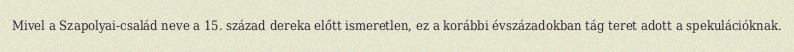
Mivel a Szapolyai-család neve a 15. század dereka előtt ismeretlen, ez a korábbi évszázadokban tág teret adott a spekulációknak.